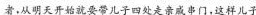
者，从明天开始就要带儿子四处串门，这样儿子